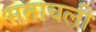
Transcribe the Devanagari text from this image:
मतावली